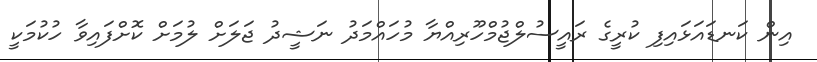
އިން ކަނޑައަޅައިފި ކުރީގެ ރައީސުލްޖުމްހޫރިއްޔާ މުހައްމަދު ނަޝީދު ޖަލަށް ލުމަށް ކޮށްފައިވާ ހުކުމަކީ